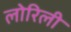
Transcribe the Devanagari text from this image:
लोरिली